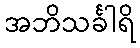
အဘိသင်္ခါရိ